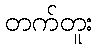
တက်တူး